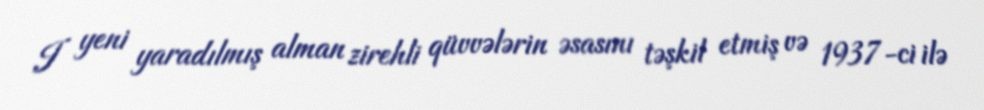
I yeni yaradılmış alman zirehli qüvvələrin əsasını təşkil etmiş və 1937-ci ilə